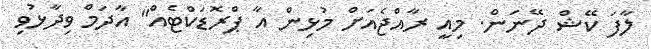
ލާފަ ކޭޝް ދޭނަން. މިއީ ރާއްޖެއަށް މުޅިން އާ ޕްރޮޑަކްޓެއް" އާދަމް ވިދާޅުވި